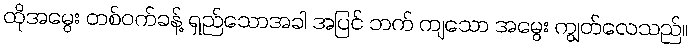
ထိုအမွေး တစ်ဝက်ခန့် ရှည်သောအခါ အပြင် ဘက် ကျသော အမွေး ကျွတ်လေသည်။